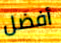
أفضل